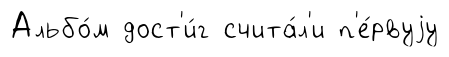
Альбо́м дост'и́г счита́л'и п'е́рвуjу